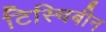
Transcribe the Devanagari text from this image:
टिस्चिबीन